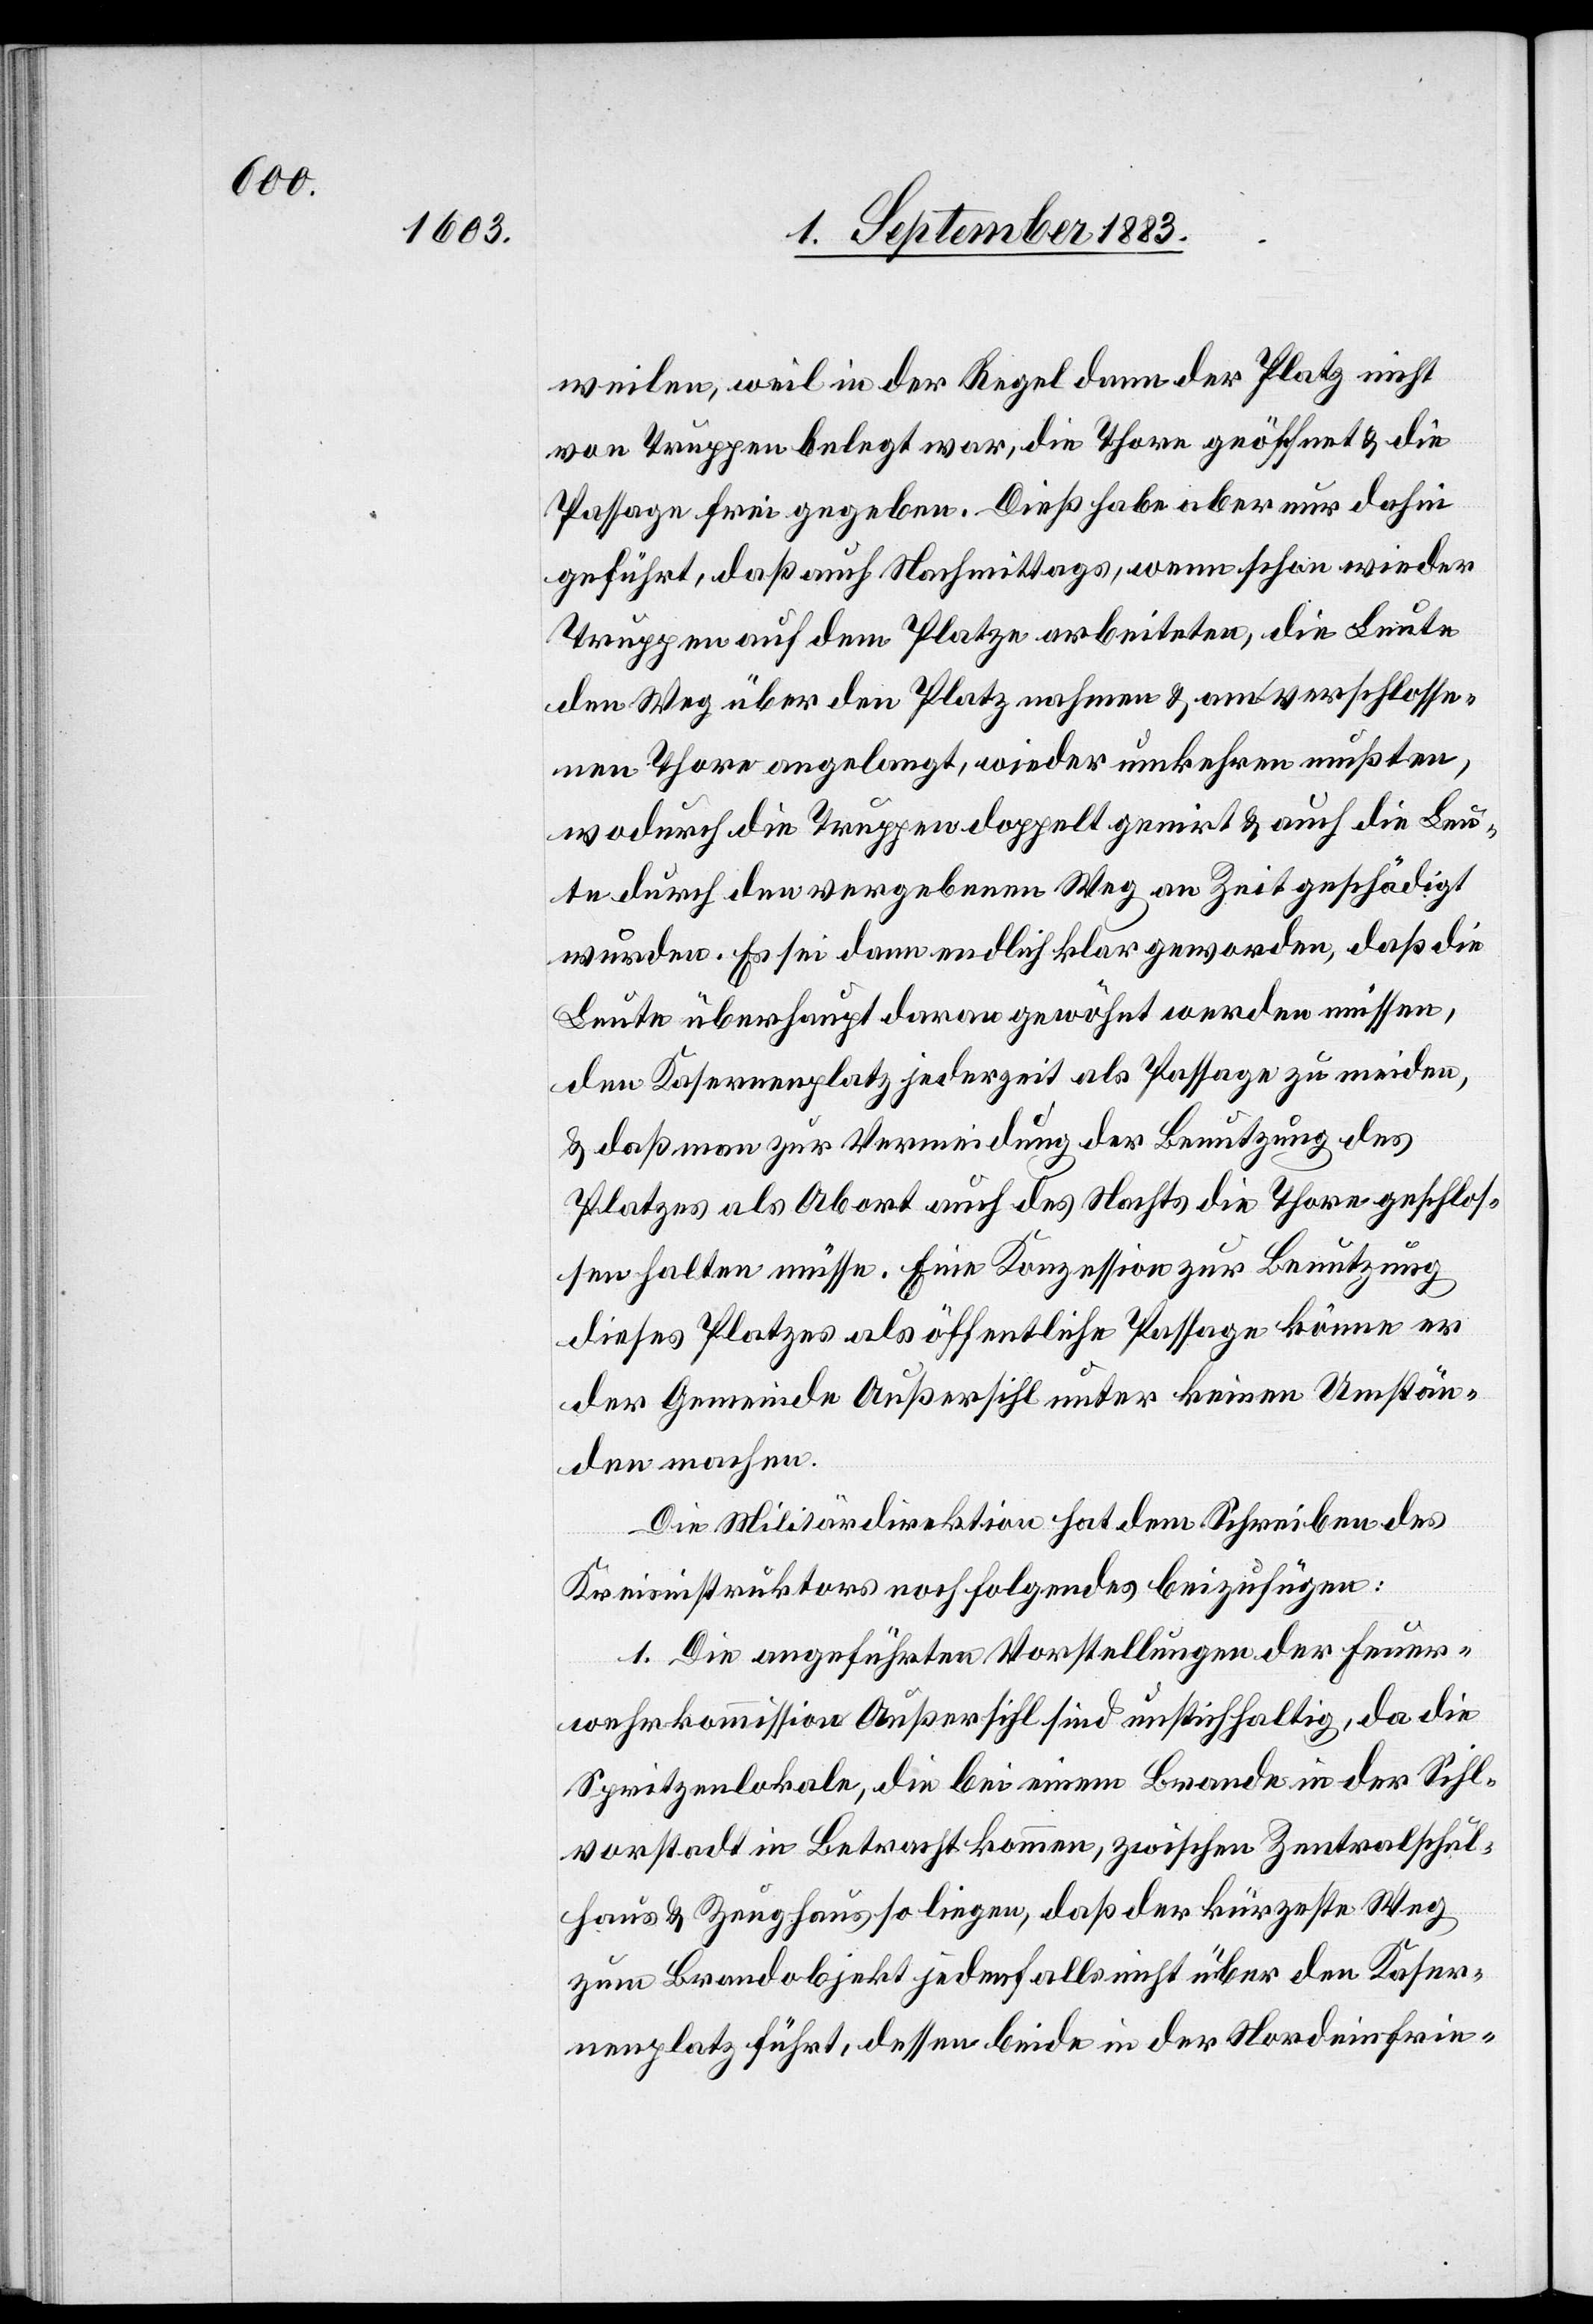
weilen, weil in der Regel dann der Platz nicht
von Truppen belegt war, die Thore geöffnet & die
Passage frei gegeben. Dieß habe aber nur dahin
geführt, daß auch Nachmittags, wenn schon wieder
Truppen auf dem Platze arbeiteten, die Leute
den Weg über den Platz nahmen & am verschlosse¬
nen Thore angelangt, wieder umkehren mußten,
wodurch die Truppen doppelt genirt & auch die Leu¬
te durch den vergebenen Weg an Zeit geschädigt
wurden. Es sei dann endlich klar geworden, daß die
Leute überhaupt daran gewöhnt werden müssen,
den Kasernenplatz jederzeit als Passage zu meiden,
& daß man zur Vermeidung der Benutzung des
Platzes als Abort auch des Nachts die Thore geschlos¬
sen halten müsse. Eine Konzession zur Benutzung
des Platzes als öffentliche Passage könne er
der Gemeinde Außersihl unter keinen Umstän¬
den machen.
Die Militärdirektion hat dem Schreiben des
Kreisinstruktors noch folgendes beizufügen:
1. Die angeführten Vorstellungen der Feuer¬
wehrkommission Außersihl sind unstichhaltig, da die
Spritzenlokale, die bei einem Brande in der Sihl¬
vorstadt in Betracht kommen, zwischen Zentralschul¬
haus & Zeughaus so liegen, daß der kürzeste Weg
zum Brandobjekt jedenfalls nicht über den Kaser¬
nenplatz führt, dessen beide in der Nordeinfrie-